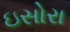
ઇસોરા